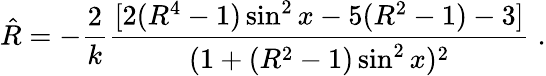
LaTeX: {\hat{R}}=-{\frac{2}{k}}{\frac{[2(R^{4}-1)\sin^{2}x-5(R^{2}-1)-3]}{(1+(R^{2}-1)\sin^{2}x)^{2}}}\; .